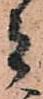
者